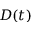
D ( t )